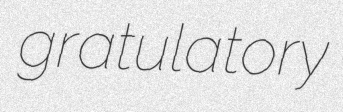
gratulatory